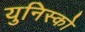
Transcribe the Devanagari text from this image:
युनिस्को